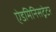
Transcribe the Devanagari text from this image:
ऐडमिनिसट्रेटर